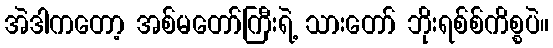
အဲဒါကတော့ အစ်မတော်ကြီးရဲ့ သားတော် ဘိုးရစ်စ်ကိစ္စပဲ။